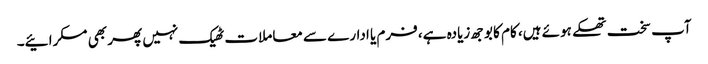
آپ سخت تھکے ہوئے ہیں، کام کا بوجھ زیادہ ہے، فرم یا ادارے سے معاملات ٹھیک نہیں پھر بھی مسکرائیے۔